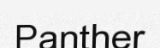
Panther